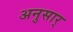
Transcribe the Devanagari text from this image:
अनुसार्